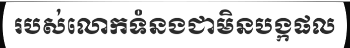
របស់លោកទំនងជាមិនបង្កផល